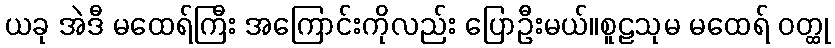
ယခု အဲဒီ မထေရ်ကြီး အကြောင်းကိုလည်း ပြောဦးမယ်။စူဠသုမ မထေရ် ဝတ္ထု